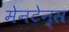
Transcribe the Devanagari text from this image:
मेनटेन्स